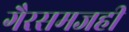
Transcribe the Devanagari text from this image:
गैरसमजही